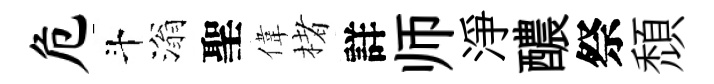
危斗滃聖偉楮詳师淨醲祭頹